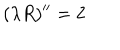
LaTeX: ( \lambda R ) ^ { \prime \prime } = 2